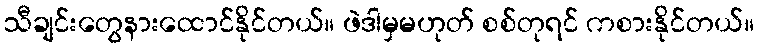
သီချင်းတွေနားထောင်နိုင်တယ်။ ဖဲဒါမှမဟုတ် စစ်တုရင် ကစားနိုင်တယ်။